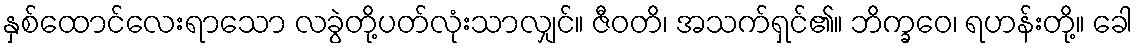
နှစ်ထောင်လေးရာသော လခွဲတို့ပတ်လုံးသာလျှင်။ ဇီဝတိ၊ အသက်ရှင်၏။ ဘိက္ခဝေ၊ ရဟန်းတို့။ ခေါ